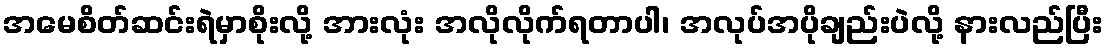
အမေစိတ်ဆင်းရဲမှာစိုးလို့ အားလုံး အလိုလိုက်ရတာပါ၊ အလုပ်အပိုချည်းပဲလို့ နားလည်ပြီး